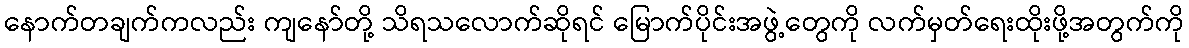
နောက်တချက်ကလည်း ကျနော်တို့ သိရသလောက်ဆိုရင် မြောက်ပိုင်းအဖွဲ့တွေကို လက်မှတ်ရေးထိုးဖို့အတွက်ကို